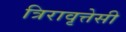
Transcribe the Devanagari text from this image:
त्रिरावृत्तेसी